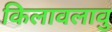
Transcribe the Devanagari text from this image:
किलावलावु